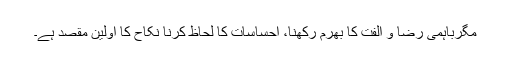
مگرباہمی رضا و الفت کا بھرم رکھنا، احساسات کا لحاظ کرنا نکاح کا اولین مقصد ہے۔